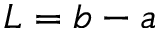
L = b - a